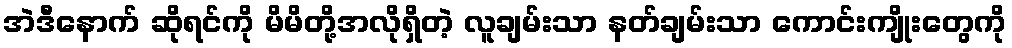
အဲဒီနောက် ဆိုရင်ကို မိမိတို့အလိုရှိတဲ့ လူချမ်းသာ နတ်ချမ်းသာ ကောင်းကျိုးတွေကို